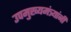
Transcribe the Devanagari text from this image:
उपमुख्यमंत्र्यांनी